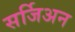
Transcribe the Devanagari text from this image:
सर्जिअन